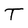
Character: T